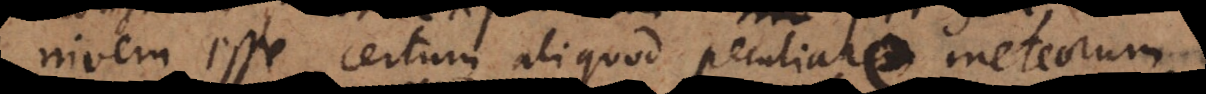
nivem esse certum aliquod peculiare meteorum,